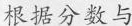
根据分数与